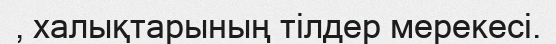
, халықтарының тілдер мерекесі.